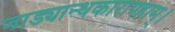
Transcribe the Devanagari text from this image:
जाड्यान्धकारापहाम्‌।